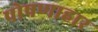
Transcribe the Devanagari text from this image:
पोषणाहार